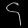
Digit: ၄